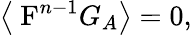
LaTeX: \left\langle\mathrm{{\mathbf~F}}^{n-1}G_{A}\right\rangle=0,